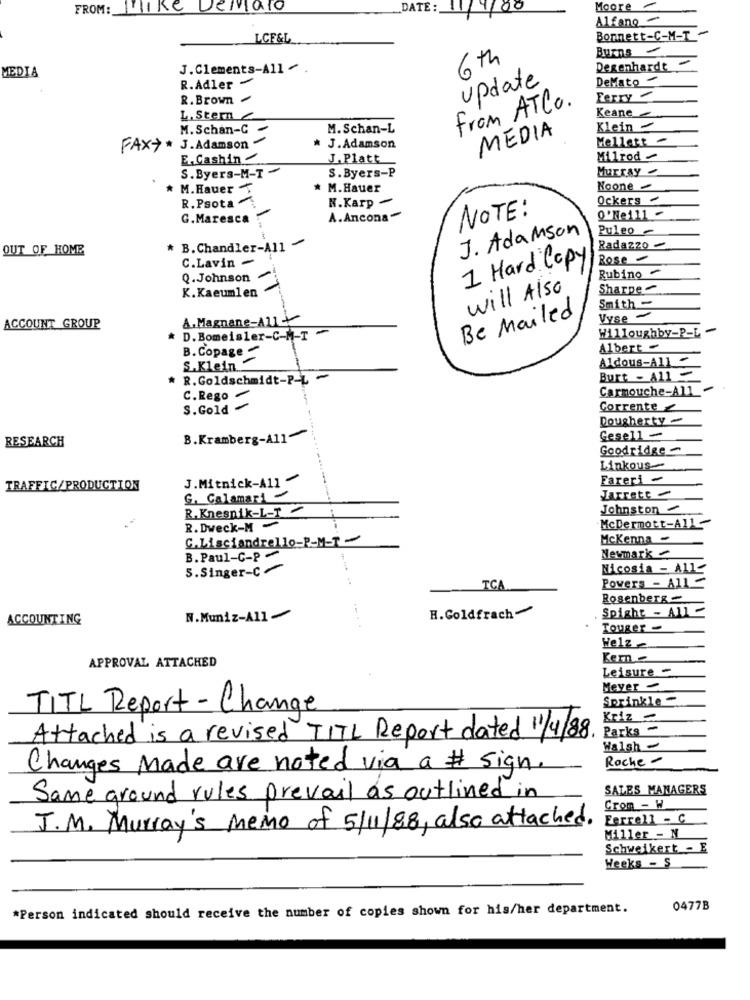
FROM: Hike Demaio
_DATE:
00
Moore
Alfano -
LCF&L
Bonnett-C-M-T
Burns
6th
MEDIA
J.Clements-All .
Degenhardt-
R.Adler -
update
DeMato -
R.Brown
from ATCO.
Ferry
Keane
L. Stern
M. Schan-C
-
M. Schan-L
MEDIA
Klein -
J.Adamson
Mellett
FAXY ·
J. Adamson
E.Cashin
J.Platt
Milrod
S.Byers-M-I-
S.Byers-P
Murray
* M.Hauer
M. Hauer
Koone
R. Psota
W.Karp -
Ockers -
NOTE:
G.Maresca
A.Ancona-
0'Ne/11 -
J. Adamson
Puleo -
OUT OF HOME
* B.Chandler-All -
Rada220
C.Lavin -
1 Hard Copy
Rose -
Rubino -
Q. Johnson
K.Kaeum1en
will Also
Sharpe -
Smith -
Be Mailed
A. Magnane-A1+
Vyse -
ACCOUNT_GROUP
Willoughby-P-L
* D.Bomeisler-C-M-T -
Albert
B. Copage
Aldous-All ~
S.Klein
* R.Goldschmidt-P-L -
Burt - All -
Carmouche-Al1
C.Rego -
S.Gold -
Corrente
Dougherty
RESEARCH
B.Kramberg-A11
Gesell -
Goodridge
Linkous-
J.Mitnick-All -
Fareri -
TRAFFIC/PRODUCTION
Jarrett -
G. Calamari
Johnston
R.Knesnik-L-T
R. Dweck-M-
McDermott-All-
C.Lisciandrello-P-M-T
Mckenna -
Newmark
B. Paul-C-P-
5.Singer-c-
Nicosia - A11-
Powers - All
TCA
Rosenberg
Spight - All
ACCOUNTING
N.Muniz-All
H.Goldfrach-
Touger -
Helz
APPROVAL ATTACHED
Leisure -
Meyer -
Sprinkle
TITL Report - Change
Kriz -
Attached is a revised TITL Report dated 1/4/88.
Parks-
Walsh -
Roche -
Changes Made are noted via a # sign.
SALES MANAGERS
Same ground rules prevail as outlined in
Crom - H
Ferrell - C
J.M. Murray's Memo of 5/11/88, also attached.
Miller - N
Schweikert - E
Weeks - S
*Person indicated should receive the number of copies shown for his/her department.
0477B